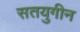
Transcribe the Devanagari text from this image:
सतयुगीन